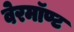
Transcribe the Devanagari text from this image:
वेरमॉण्ट